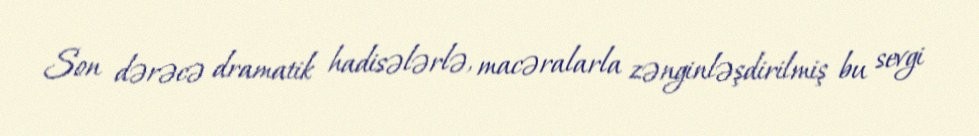
Son dərəcə dramatik hadisələrlə, macəralarla zənginləşdirilmiş bu sevgi